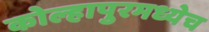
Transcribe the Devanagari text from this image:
कोल्हापुरमध्येच